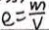
e = \frac { m } { v }